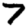
Digit: 7